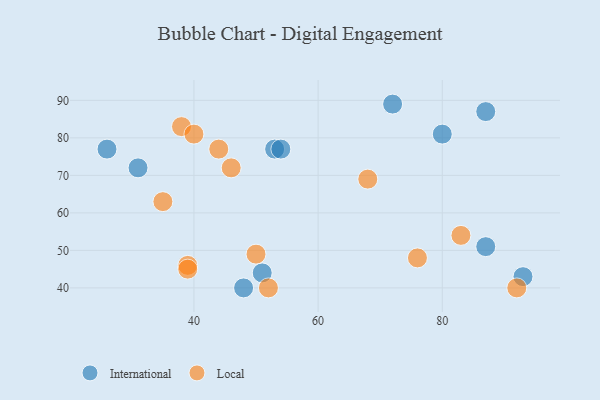
{"axis": {"x": "GDP", "y": "Life Expectancy"}, "legend": ["International", "Local"], "data": [{"x": "31", "y": 72, "type": "International"}, {"x": "93", "y": 43, "type": "International"}, {"x": "51", "y": 44, "type": "International"}, {"x": "72", "y": 89, "type": "International"}, {"x": "87", "y": 87, "type": "International"}, {"x": "53", "y": 77, "type": "International"}, {"x": "80", "y": 81, "type": "International"}, {"x": "54", "y": 77, "type": "International"}, {"x": "26", "y": 77, "type": "International"}, {"x": "48", "y": 40, "type": "International"}, {"x": "87", "y": 51, "type": "International"}, {"x": "39", "y": 46, "type": "Local"}, {"x": "68", "y": 69, "type": "Local"}, {"x": "44", "y": 77, "type": "Local"}, {"x": "38", "y": 83, "type": "Local"}, {"x": "76", "y": 48, "type": "Local"}, {"x": "46", "y": 72, "type": "Local"}, {"x": "50", "y": 49, "type": "Local"}, {"x": "35", "y": 63, "type": "Local"}, {"x": "52", "y": 40, "type": "Local"}, {"x": "92", "y": 40, "type": "Local"}, {"x": "40", "y": 81, "type": "Local"}, {"x": "83", "y": 54, "type": "Local"}, {"x": "39", "y": 45, "type": "Local"}]}